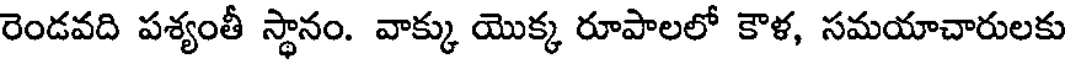
రెండవది పశ్యంతీ స్థానం. వాక్కు యొక్క రూపాలలో కౌళ, సమయాచారులకు